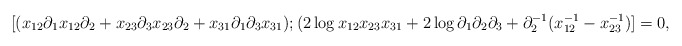
\begin{align*}[(x_{12}\partial_1x_{12}\partial_2+x_{23}\partial_3x_{23}\partial_2+x_{31}\partial_1\partial_3x_{31});(2\log x_{12}x_{23}x_{31}+2\log\partial_1\partial_2\partial_3+\partial_2^{-1}(x_{12}^{-1}-x_{23}^{-1})]=0,\end{align*}